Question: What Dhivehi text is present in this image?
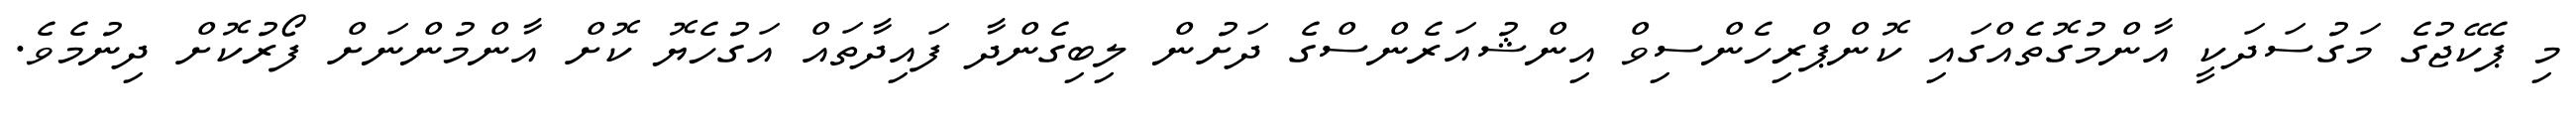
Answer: މި ޕެކޭޖުގެ މަގުސަދަކީ އާންމުގޮތެއްގައި ކޮންޕްރިހެންސިވް އިންޝުއަރެންސްގެ ދަށުން ލިބިގެންދާ ފައިދާތައް އަގުހެޔޮ ކޮށް އާންމުންނަށް ފޯރުކޮށް ދިނުމެވެ.